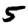
Digit: 5